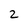
Character: 2